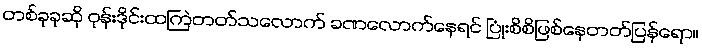
တစ်ခုခုဆို ဝုန်းဒိုင်းထကြဲတတ်သလောက် ခဏလောက်နေရင် ပြုံးစိစိဖြစ်နေတတ်ပြန်ရော။